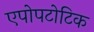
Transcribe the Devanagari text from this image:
एपोपटोटिक